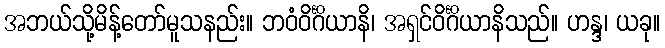
အဘယ်သို့မိန့်တော်မူသနည်း။ ဘဝံဝိင်္ဂိယာနိ၊ အရှင်ဝိင်္ဂိယာနိသည်။ ဟန္ဒ၊ ယခု။